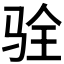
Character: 𩧴